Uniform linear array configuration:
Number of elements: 12
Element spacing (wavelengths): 0.25
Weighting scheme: binomial
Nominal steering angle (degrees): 60
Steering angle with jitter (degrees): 59.398
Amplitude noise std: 0.05
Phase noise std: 0.05

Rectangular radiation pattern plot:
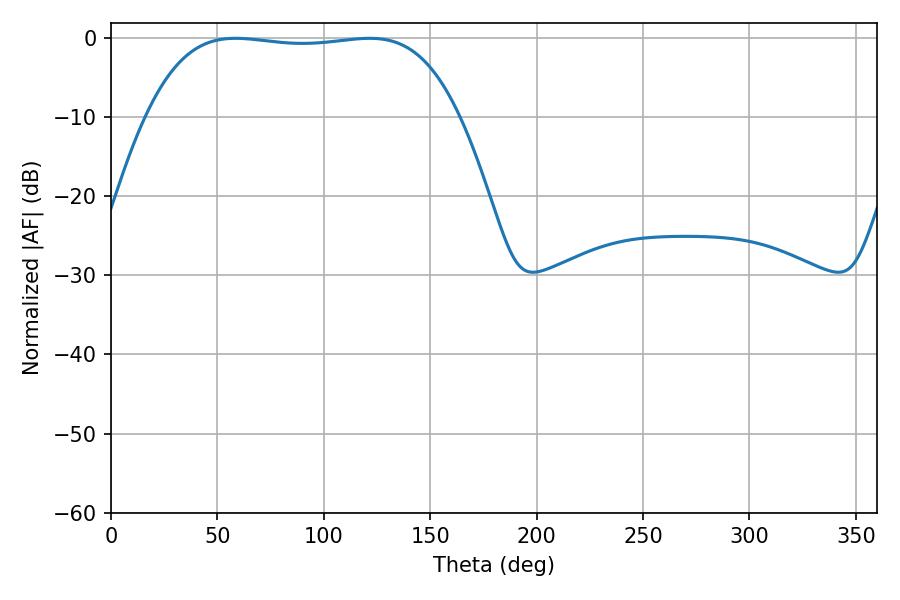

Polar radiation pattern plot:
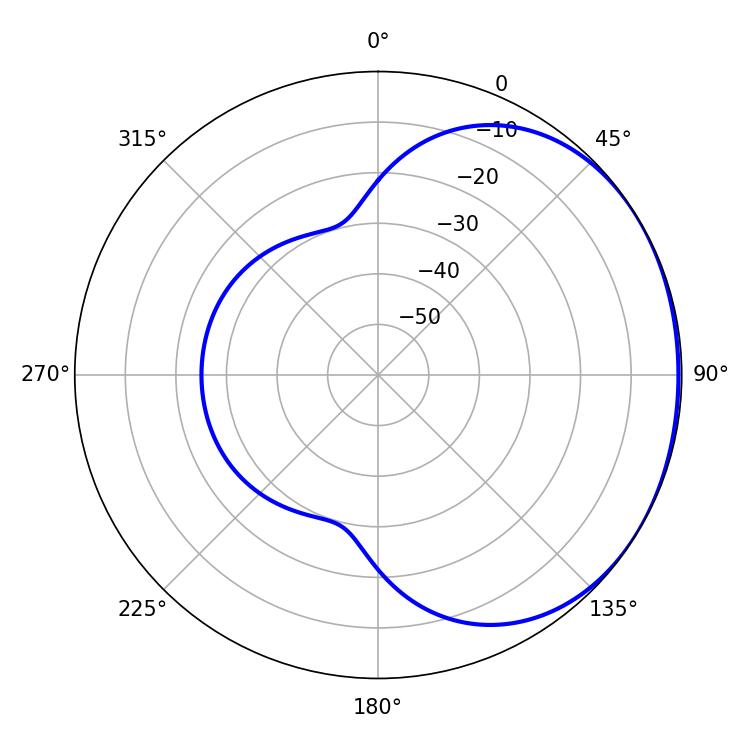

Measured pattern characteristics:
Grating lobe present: FALSE
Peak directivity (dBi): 1.019
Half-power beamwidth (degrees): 115.2
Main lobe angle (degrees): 58.5